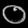
Digit: ၀